Report on the working of the Ranchi Indian Mental Hospital, Kanke, in Bihar and Orissa - 1930-1940
Year: 1930
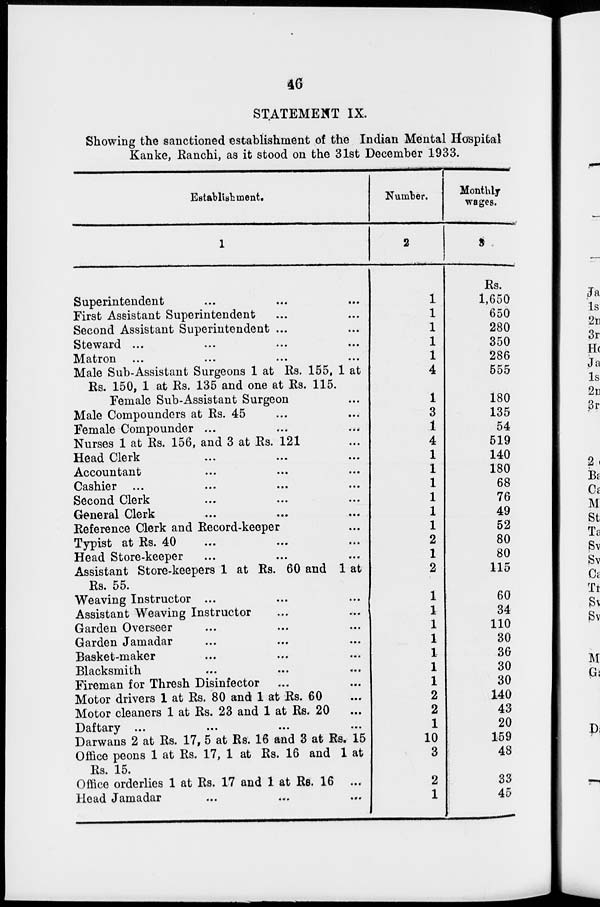
46
STATEMENT IX.
Showing the sanctioned establishment of the Indian Mental Hospital
Kanke, Ranchi, as it stood on the 31st December 1933.
Establishment.
1
Superintendent ... ... ...
First Assistant Superintendent ... ...
Second Assistant Superintendent ... ...
Steward ... ... ... ...
Matron ... ... ... ...
Male Sub-Assistant Surgeons 1 at Rs. 155, 1 at
Rs. 150, 1 at Rs. 135 and one at Rs. 115.
Female Sub-Assistant Surgeon ...
Male Compounders at Rs. 45 ... ...
Female Compounder ... ... ...
Nurses 1 at Rs. 156, and 3 at Rs. 121 ...
Head Clerk ... ... ...
Accountant ... ... ...
Cashier ...
...
...
...
Second Clerk ... ... ...
General Clerk ... ... ...
Reference Clerk and Record-keeper ...
Typist at Rs. 40 ... ... ...
Head Store-keeper ... ... ...
Assistant Store-keepers 1 at Rs. 60 and 1 at
Rs. 55.
Weaving Instructor ... ... ...
Assistant Weaving Instructor ... ... ...
Garden Overseer ... ... ...
Garden Jamadar ... ... ...
Basket-maker ... ... ...
Blacksmith ... ... ...
Fireman for Thresh Disinfector ... ...
Motor drivers 1 at Rs. 80 and 1 at Rs. 60 ...
Motor cleaners 1 at Rs. 23 and 1 at Rs. 20 ...
Daftary ...
...
...
...
Darwans 2 at Rs. 17, 5 at Rs. 16 and 3 at Rs. 15
Office peons 1 at Rs. 17, 1 at Rs. 16 and 1 at
Rs. 15.
Office orderlies 1 at Rs. 17 and 1 at Rs. 16 ...
Head Jamadar ... ... ...
Number.
2
1
1
1
1
1
4
1
3
1
4
1
1
1
1
1
1
2
1
2
1
1
1
1
1
1
1
2
2
1
10
3
2
1
Monthly
wages.
3
Rs.
1,650
650
280
350
286
555
180
135
54
519
140
180
68
76
49
52
80
80
115
60
34
110
30
36
30
30
140
43
20
159
48
33
45